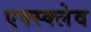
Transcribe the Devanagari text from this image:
एक्स्क्लेव